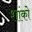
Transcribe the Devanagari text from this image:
शांको